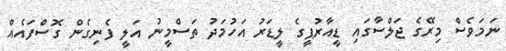
ނަމަވެސް މިރޭގެ ޖަލްސާގައި ޑީއާރުޕީގެ ލީޑަރު އަހުމަދު ތަސްމީނު އަލީ ފެނިގެން ގޮސްފައެއް